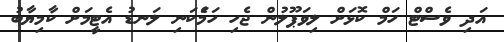
އަދި ވެސްޓް ހަމް ކޮޅަށް ލިވަޕޫލުން ޖެހި ހަމަެެކަނި ލަނޑު އެޓީމަށް ކާމިޔާބު